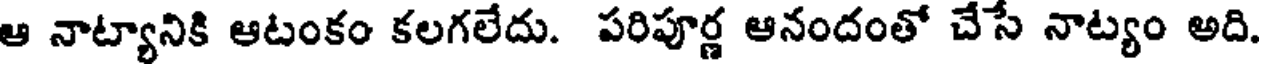
ఆ నాట్యానికి ఆటంకం కలగలేదు. పరిపూర్ణ ఆనందంతో చేసే నాట్యం అది.